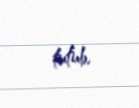
tutub.